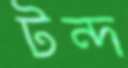
টন্দ